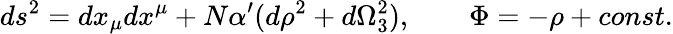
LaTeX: ds^{2}=dx_{\mu}dx^{\mu}+N\alpha^{\prime}(d\rho^{2}+d\Omega_{3}^{2}),\qquad\Phi=-\rho+const.